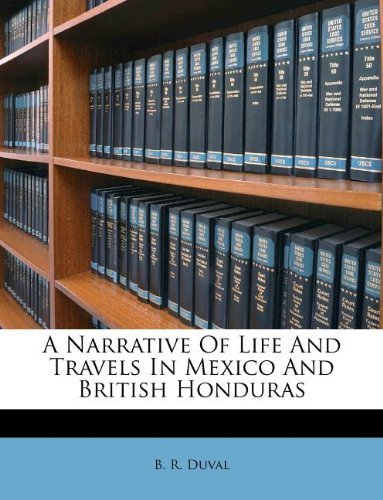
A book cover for A Narrative Of Life And Travels In Mexico And British Honduras [Paperback] [2011] (Author) B. R. Duval; Travel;